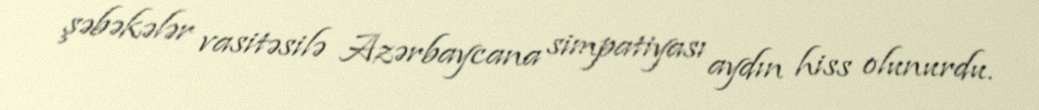
şəbəkələr vasitəsilə Azərbaycana simpatiyası aydın hiss olunurdu.